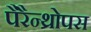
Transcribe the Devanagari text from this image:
पैरैन्थ्रोपस